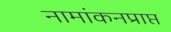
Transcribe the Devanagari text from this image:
नामांकनप्राप्त